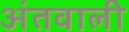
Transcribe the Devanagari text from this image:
अंतवाली